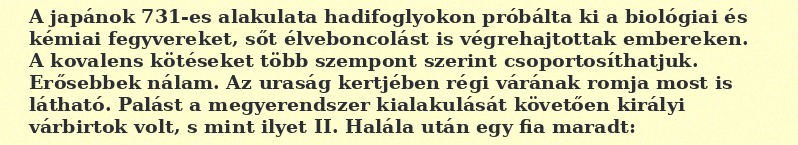
A japánok 731-es alakulata hadifoglyokon próbálta ki a biológiai és kémiai fegyvereket, sőt élveboncolást is végrehajtottak embereken. A kovalens kötéseket több szempont szerint csoportosíthatjuk. Erősebbek nálam. Az uraság kertjében régi várának romja most is látható. Palást a megyerendszer kialakulását követően királyi várbirtok volt, s mint ilyet II. Halála után egy fia maradt: